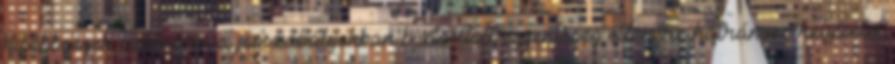
kisebbségek számára a jogszabályokban biztosított egyenlőség ellenére hátrányos helyzetet